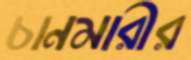
চানমারীর